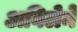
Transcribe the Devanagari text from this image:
अबिलेने